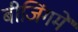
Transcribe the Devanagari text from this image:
बीजिंगमें